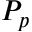
P _ { p }